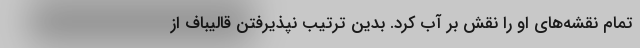
تمام نقشه‌های او را نقش بر آب کرد. بدین ترتیب نپذیرفتن قالیباف از